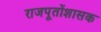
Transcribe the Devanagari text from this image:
राजपूतोंशासक